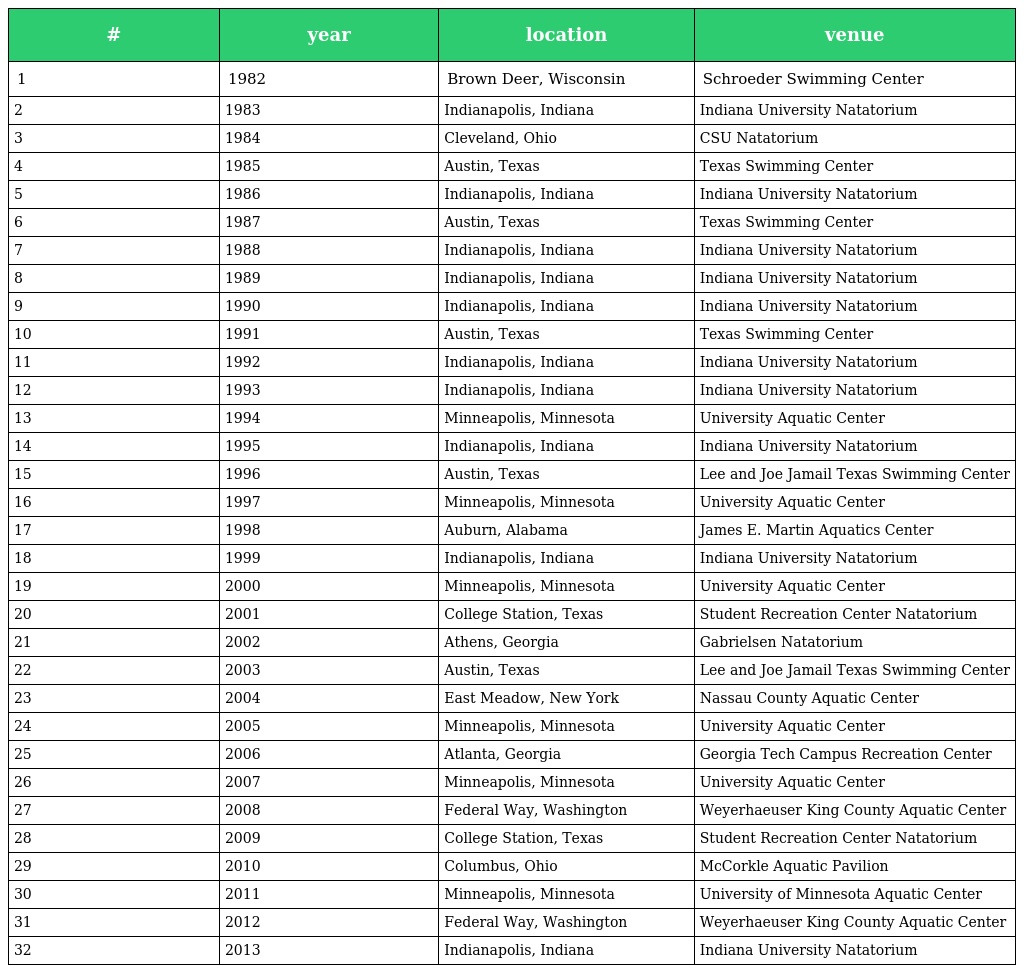
| # | year | location | venue |
 | --- | --- | --- | --- |
 | 1 | 1982 | Brown Deer, Wisconsin | Schroeder Swimming Center |
 | 2 | 1983 | Indianapolis, Indiana | Indiana University Natatorium |
 | 3 | 1984 | Cleveland, Ohio | CSU Natatorium |
 | 4 | 1985 | Austin, Texas | Texas Swimming Center |
 | 5 | 1986 | Indianapolis, Indiana | Indiana University Natatorium |
 | 6 | 1987 | Austin, Texas | Texas Swimming Center |
 | 7 | 1988 | Indianapolis, Indiana | Indiana University Natatorium |
 | 8 | 1989 | Indianapolis, Indiana | Indiana University Natatorium |
 | 9 | 1990 | Indianapolis, Indiana | Indiana University Natatorium |
 | 10 | 1991 | Austin, Texas | Texas Swimming Center |
 | 11 | 1992 | Indianapolis, Indiana | Indiana University Natatorium |
 | 12 | 1993 | Indianapolis, Indiana | Indiana University Natatorium |
 | 13 | 1994 | Minneapolis, Minnesota | University Aquatic Center |
 | 14 | 1995 | Indianapolis, Indiana | Indiana University Natatorium |
 | 15 | 1996 | Austin, Texas | Lee and Joe Jamail Texas Swimming Center |
 | 16 | 1997 | Minneapolis, Minnesota | University Aquatic Center |
 | 17 | 1998 | Auburn, Alabama | James E. Martin Aquatics Center |
 | 18 | 1999 | Indianapolis, Indiana | Indiana University Natatorium |
 | 19 | 2000 | Minneapolis, Minnesota | University Aquatic Center |
 | 20 | 2001 | College Station, Texas | Student Recreation Center Natatorium |
 | 21 | 2002 | Athens, Georgia | Gabrielsen Natatorium |
 | 22 | 2003 | Austin, Texas | Lee and Joe Jamail Texas Swimming Center |
 | 23 | 2004 | East Meadow, New York | Nassau County Aquatic Center |
 | 24 | 2005 | Minneapolis, Minnesota | University Aquatic Center |
 | 25 | 2006 | Atlanta, Georgia | Georgia Tech Campus Recreation Center |
 | 26 | 2007 | Minneapolis, Minnesota | University Aquatic Center |
 | 27 | 2008 | Federal Way, Washington | Weyerhaeuser King County Aquatic Center |
 | 28 | 2009 | College Station, Texas | Student Recreation Center Natatorium |
 | 29 | 2010 | Columbus, Ohio | McCorkle Aquatic Pavilion |
 | 30 | 2011 | Minneapolis, Minnesota | University of Minnesota Aquatic Center |
 | 31 | 2012 | Federal Way, Washington | Weyerhaeuser King County Aquatic Center |
 | 32 | 2013 | Indianapolis, Indiana | Indiana University Natatorium |